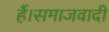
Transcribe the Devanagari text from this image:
हैं।समाजवादी